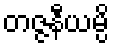
တဇ္ဇနီယမ္ပိ